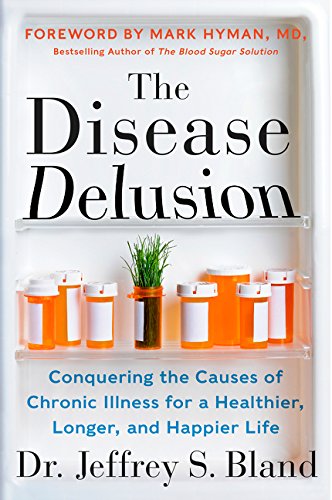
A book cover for The Disease Delusion: Conquering the Causes of Chronic Illness for a Healthier, Longer, and Happier Life; Jeffrey S. Bland; Health, Fitness & Dieting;